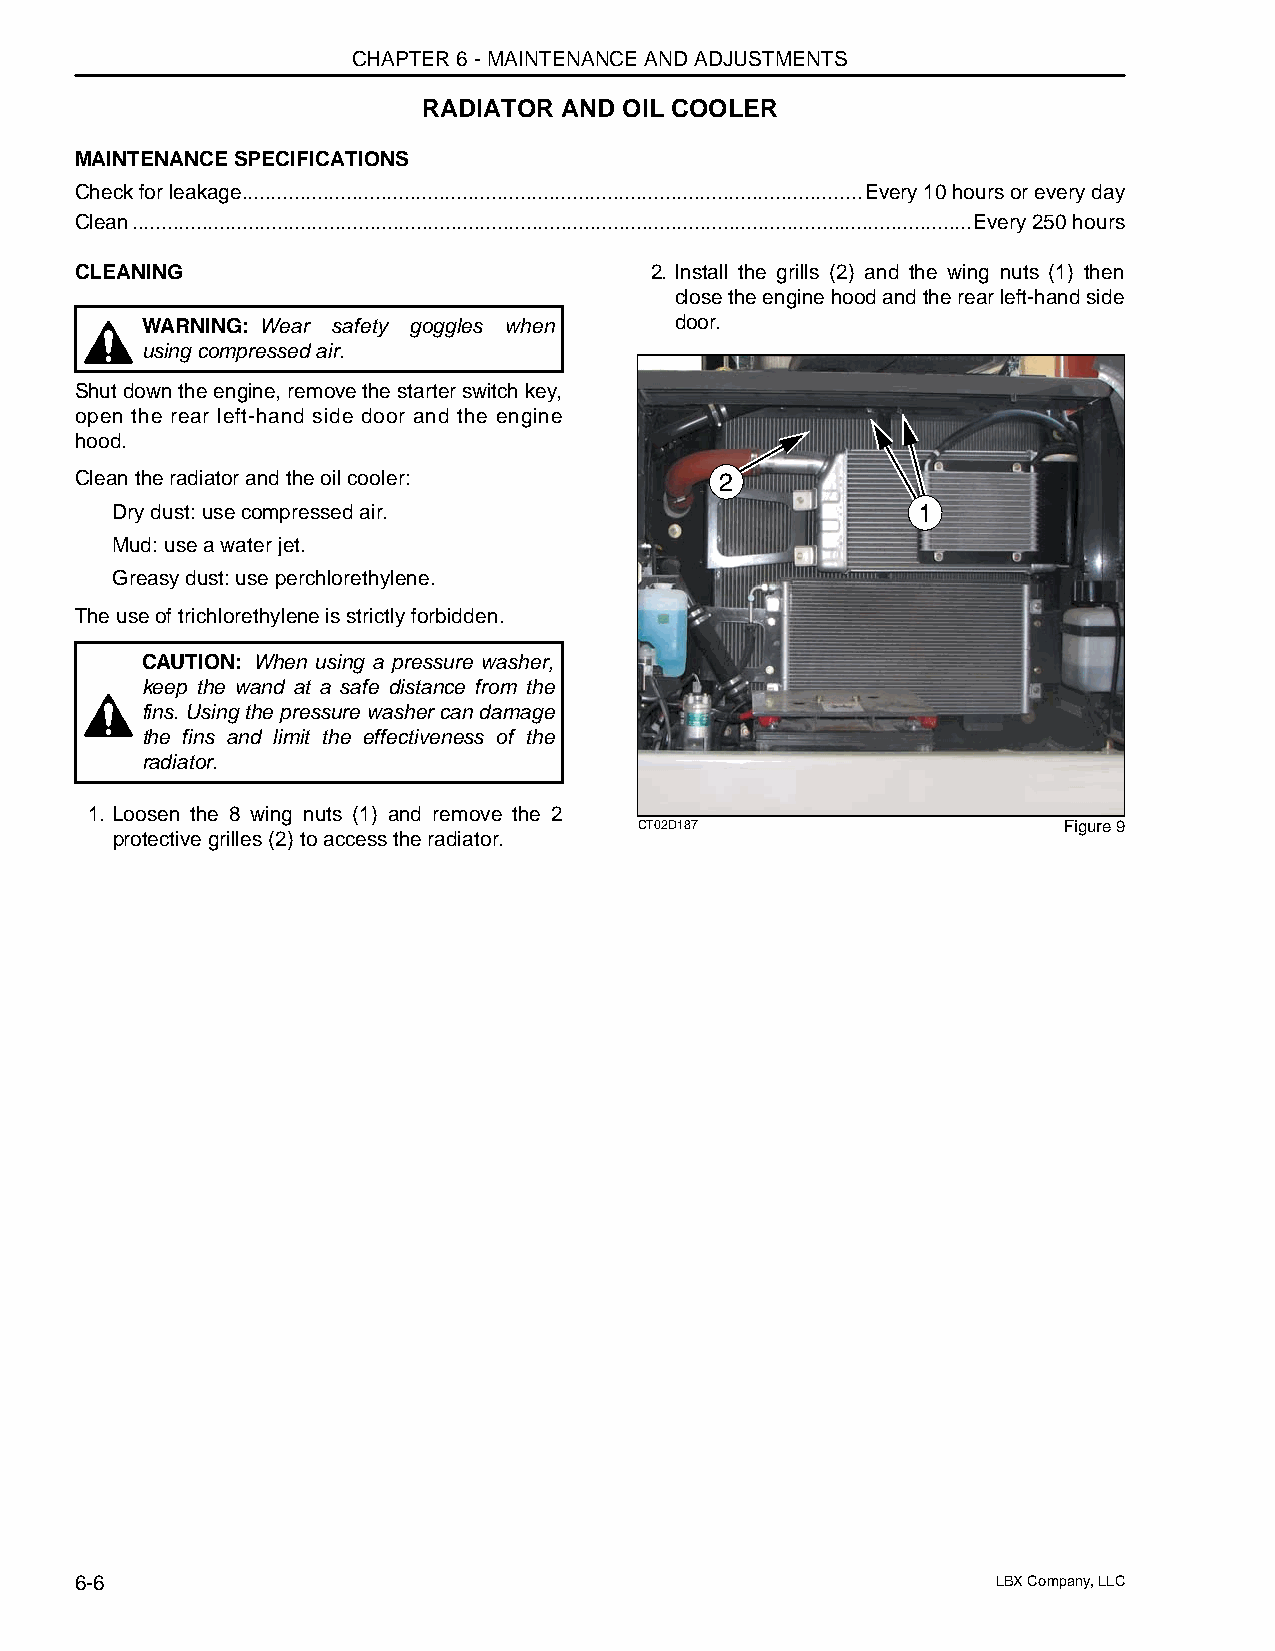
CHAPTER 6 - MAINTENANCE AND ADJUSTMENTS
 RADIATOR AND OIL COOLER
 MAINTENANCE SPECIFICATIONS
 Check for leakage...........................................................................................................Every 10 hours or every day
 Clean.................................................................................................................................................Every 250 hours
 CLEANING                              2. Install the grills (2) and the wing nuts (1) then
 close the engine hood and the rear left-hand side
 WARNING: Wear safety goggles when   door.
 using compressed air.
 Shut down the engine, remove the starter switch key,
 open the rear left-hand side door and the engine
 hood.
 Clean the radiator and the oil cooler:     2
 Dry dust: use compressed air.                         1
 Mud: use a water jet.
 Greasy dust: use perchlorethylene.
 The use of trichlorethylene is strictly forbidden.
 CAUTION: When using a pressure washer,
 keep the wand at a safe distance from the
 fins. Using the pressure washer can damage
 the fins and limit the effectiveness of the
 radiator.
 1. Loosen the 8 wing nuts (1) and remove the 2
 CT02D187                    Figure 9
 protective grilles (2) to access the radiator.
 6-6                                                          LBX Company, LLC